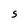
Character: S